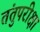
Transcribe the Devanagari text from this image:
तंतुपरीक्षा